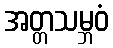
အတ္တသမ္ဘဝံ